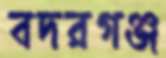
বদরগঞ্জ